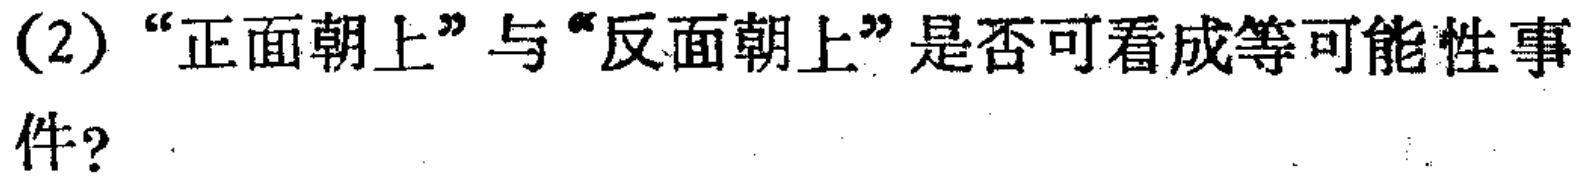
(2)“正面朝上”与“反面朝上”是否可看成等可能性事件？